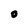
Character: 0